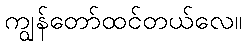
ကျွန်တော်ထင်တယ်လေ။